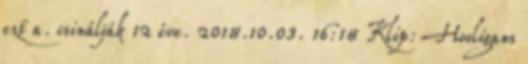
ezt a. csinálják 12 éve. 2018.10.03. 16:18 Klip: Hooligans